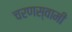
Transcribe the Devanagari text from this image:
चरणस्वामी